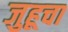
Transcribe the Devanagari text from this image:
जुहूचा